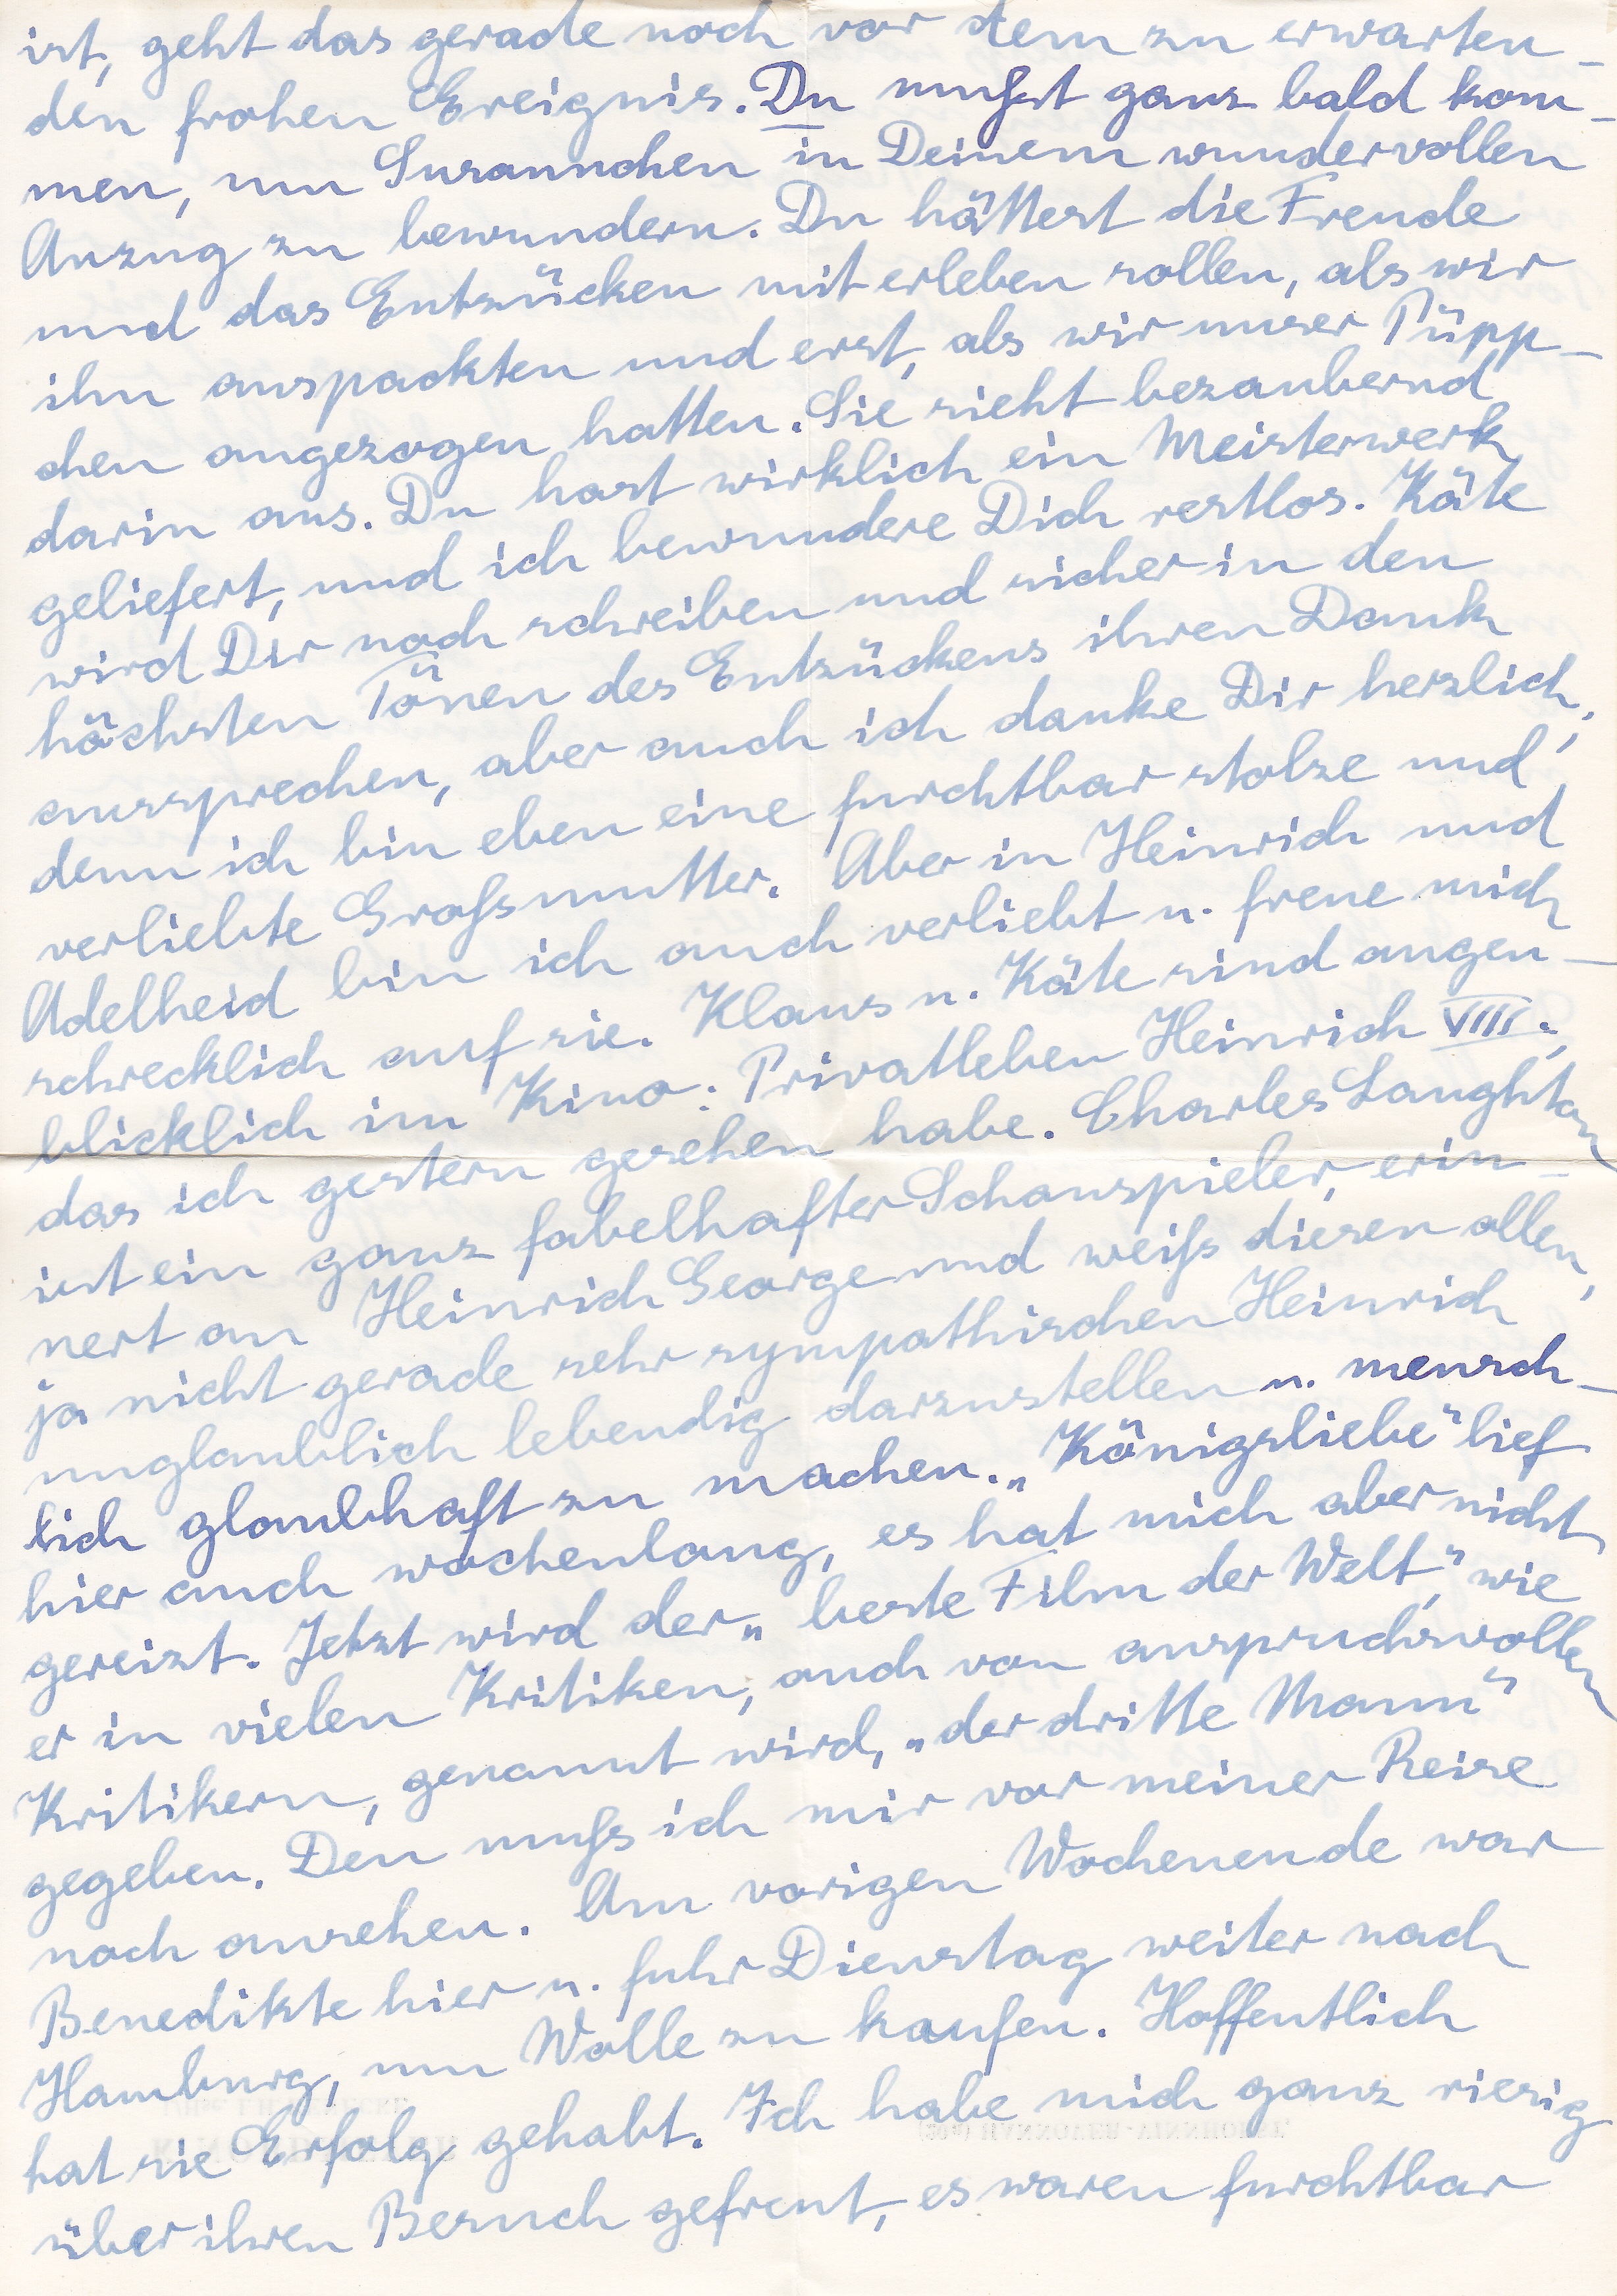
ist, geht das gerade noch vor dem zu erwarten
den frohen Ereignis. Du mußt ganz bald kom
men, um Susannchen in Deinem wundervollen
Anzug zu bewundern. Du hättest die Freude
und das Entzücken miterleben sollen, als wir
ihn auspackten und erst, als wir unser Püpp
chen angezogen hatten. Sie sieht bezaubernd
darin aus. Du hast wirklich ein Meisterwerk
geliefert, und ich bewundere Dich restlos. Käte
wird Dir noch schreiben und sicher in den
höchsten Tönen des Entzückens ihren Dank
aussprechen, aber auch ich danke Dir herzlich
denn ich bin eben eine furchtbar stolze und
verliebte Großmutter. Aber in Heinrich und
Adelheid bin ich auch verliebt u. freue mich
schrecklich auf sie. Klaus u. Käte sind augen
blicklich im Kino. Privateleben Heinrich VIII
das ich gestern gesehen habe. Charles Laughton
ist ein ganz fabelhafter Schauspieler, erin
nert an Heinrich George und weiß diesen alle
ja nicht gerade sehr sympathischen Heinrich
unglaublich lebendig darzustellen u. mensch
lich glaubhaft zu machen. Königsliebe lief
hier auch wochenlang, es har mich aber nicht
gereizt. Jetzt wird der beste Film der Welt, wie
er in vielen Kritiken, auch von anspruchsvollen
Kritikern, genannt wird, der dritte Mann
gegeben. Den muß ich mir vor meiner Reise
noch ansehen. Am vorigen Wochenende war
Benedikte hier u. fuhr Dienstag weiter nach
Hamburg, um Wolle zu kaufen. Hoffentlich
hat sie Erfolg gehabt. Ich habe mich ganz riesig
über ihren Besuch gefreut, es waren furchtbar